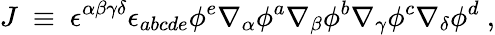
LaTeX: J~\equiv~\epsilon^{\alpha\beta\gamma\delta}\epsilon_{abcde}\phi^{e}\nabla_{\alpha}\phi^{a}\nabla_{\beta}\phi^{b}\nabla_{\gamma}\phi^{c}\nabla_{\delta}\phi^{d}~,